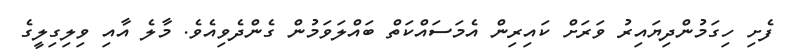
ފެށި ހިގަމުންދިޔައިރު ވަރަށް ކައިރިން އެމަސައްކަތް ބައްލަވަމުން ގެންދެވިއެވެ. މާލެ އާއި ވިލިގިލީގެ